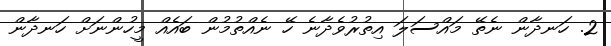
2. ހަނދާން ނެތޭ މައްސަލަ އިތުރުވެދާނެ ހޭ ނެއްތުމުން ބައެއް މީހުންނަށް ހަނދާން